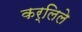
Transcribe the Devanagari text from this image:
कर्लिले